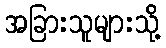
အခြားသူများသို့